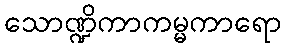
သောဏ္ဍိကာကမ္မကာရော